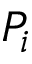
P _ { i }